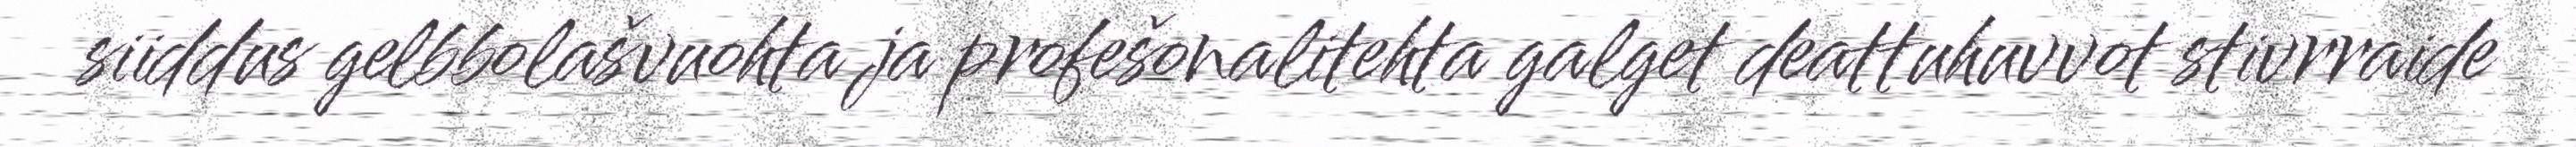
siiddus gelbbolašvuohta ja profešonalitehta galget deattuhuvvot stivrraide